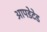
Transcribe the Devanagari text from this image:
आपडेटेड